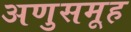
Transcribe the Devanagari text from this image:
अणुसमूह